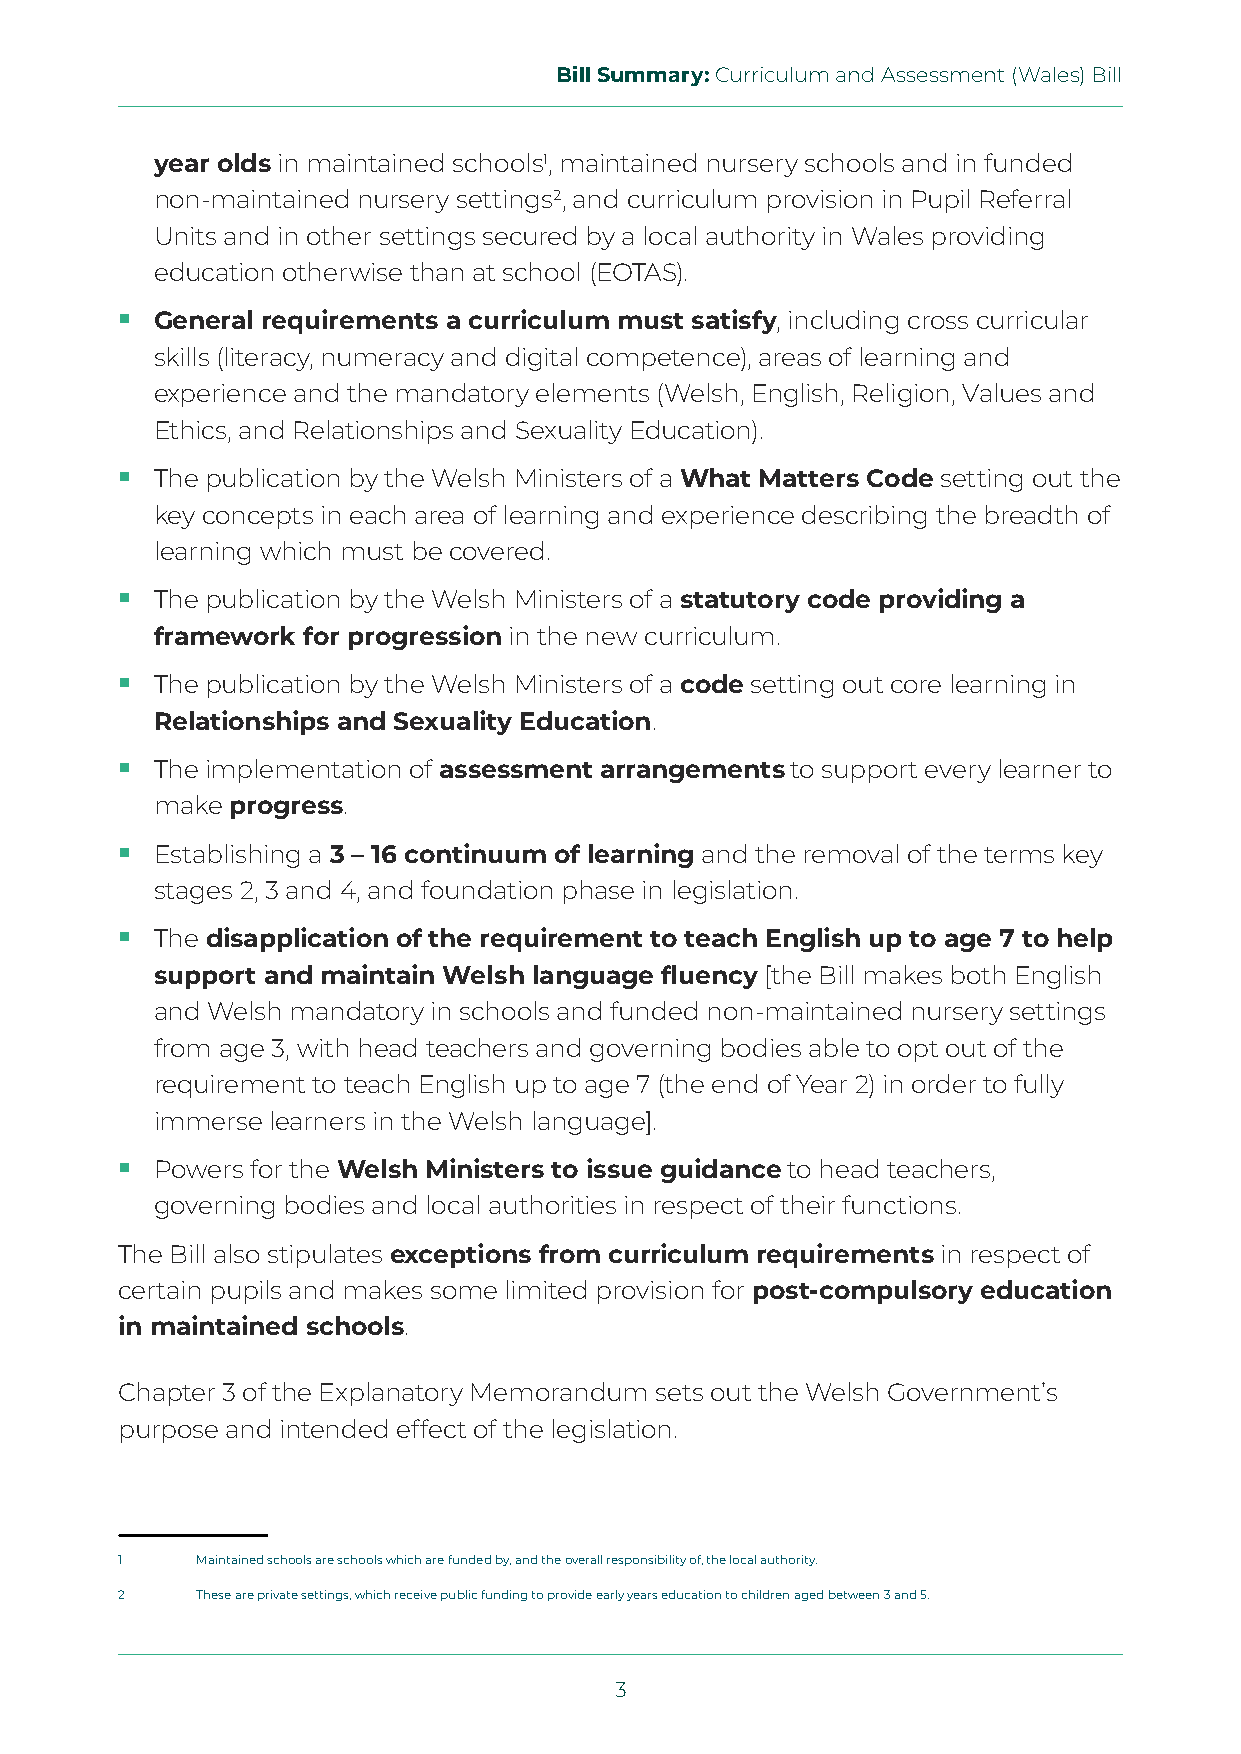
Bill Summary: Curriculum and Assessment (Wales) Bill
 year olds in maintained schools1, maintained nursery schools and in funded
 non-maintained nursery settings2, and curriculum provision in Pupil Referral
 Units and in other settings secured by a local authority in Wales providing
 education otherwise than at school (EOTAS).
  General requirements a curriculum must satisfy, including cross curricular
 skills (literacy, numeracy and digital competence), areas of learning and
 experience and the mandatory elements (Welsh, English, Religion, Values and
 Ethics, and Relationships and Sexuality Education).
  The publication by the Welsh Ministers of a What Matters Code setting out the
 key concepts in each area of learning and experience describing the breadth of
 learning which must be covered.
  The publication by the Welsh Ministers of a statutory code providing a
 framework for progression in the new curriculum.
  The publication by the Welsh Ministers of a code setting out core learning in
 Relationships and Sexuality Education.
  The implementation of assessment arrangements to support every learner to
 make progress.
  Establishing a 3 – 16 continuum of learning and the removal of the terms key
 stages 2, 3 and 4, and foundation phase in legislation.
  The disapplication of the requirement to teach English up to age 7 to help
 support and maintain Welsh language fluency [the Bill makes both English
 and Welsh mandatory in schools and funded non-maintained nursery settings
 from age 3, with head teachers and governing bodies able to opt out of the
 requirement to teach English up to age 7 (the end of Year 2) in order to fully
 immerse learners in the Welsh language].
  Powers for the Welsh Ministers to issue guidance to head teachers,
 governing bodies and local authorities in respect of their functions.
 The Bill also stipulates exceptions from curriculum requirements in respect of
 certain pupils and makes some limited provision for post-compulsory education
 in maintained schools.
 Chapter 3 of the Explanatory Memorandum sets out the Welsh Government’s
 purpose and intended effect of the legislation.
 1    Maintained schools are schools which are funded by, and the overall responsibility of, the local authority.
 2    These are private settings, which receive public funding to provide early years education to children aged between 3 and 5.
 3